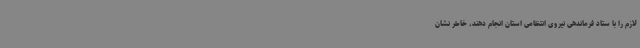
لازم را با ستاد فرماندهی نیروی انتظامی استان انجام دهند، خاطر نشان